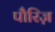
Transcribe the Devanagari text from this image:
पौरिज़